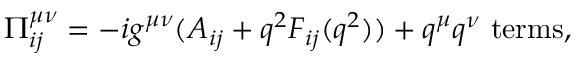
\Pi _ { i j } ^ { \mu \nu } = - i g ^ { \mu \nu } ( A _ { i j } + q ^ { 2 } F _ { i j } ( q ^ { 2 } ) ) + q ^ { \mu } q ^ { \nu } \ \mathrm { t e r m s } ,